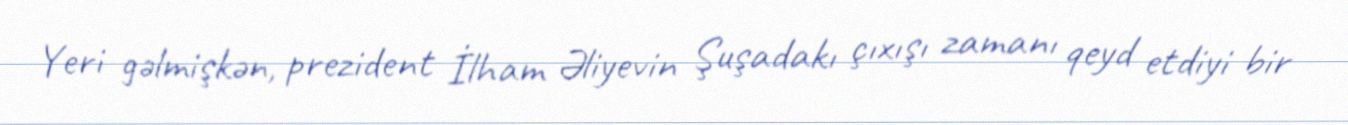
Yeri gəlmişkən, prezident İlham Əliyevin Şuşadakı çıxışı zamanı qeyd etdiyi bir